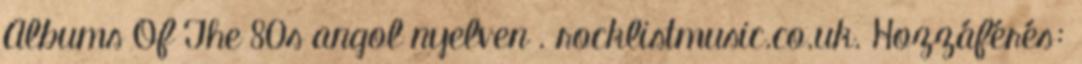
Albums Of The 80s angol nyelven . rocklistmusic.co.uk. Hozzáférés: